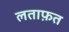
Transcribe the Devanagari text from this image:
लताफ़त